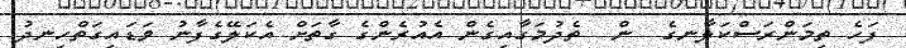
ފަހެ ތިމަންރަސްކަލާނގެ  ން  ތެދުމަގާއިގެން އެއުރެންގެ ގާތަށް އެކަލޭގެފާނު ވަޑައިގަތްހިނދު